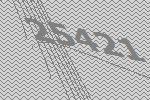
25421